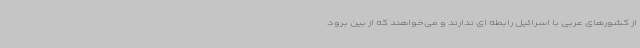
از کشورهای عربی با اسرائیل رابطه ای ندارند و می‌خواهند که از بین برود